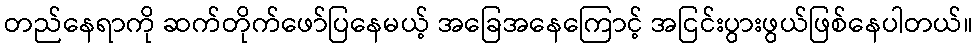
တည်နေရာကို ဆက်တိုက်ဖော်ပြနေမယ့် အခြေအနေကြောင့် အငြင်းပွားဖွယ်ဖြစ်နေပါတယ်။